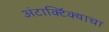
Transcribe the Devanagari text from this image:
अंटार्क्टिक्याचा